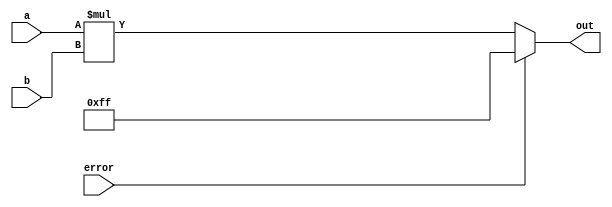
module multiplier_7 (
    input [7:0] a,
    input [7:0] b,
    output reg [7:0] out,
    input error
  );
  
  
  
  always @* begin
    out = $signed(a) * $signed(b);
    if (error) begin
      out = 8'hff;
    end
  end
endmodule